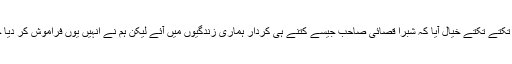
جھیل کی خاموش وسعتوں کو تکتے تکتے خیال آیا کہ شبرا قصائی صاحب جیسے کتنے ہی کردار ہماری زندگیوں میں آئے لیکن ہم نے انہیں یوں فراموش کر دیا جیسے وہ کبھی تھے ہی نہیں ۔